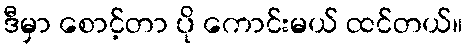
ဒီမှာ စောင့်တာ ပို ကောင်းမယ် ထင်တယ်။